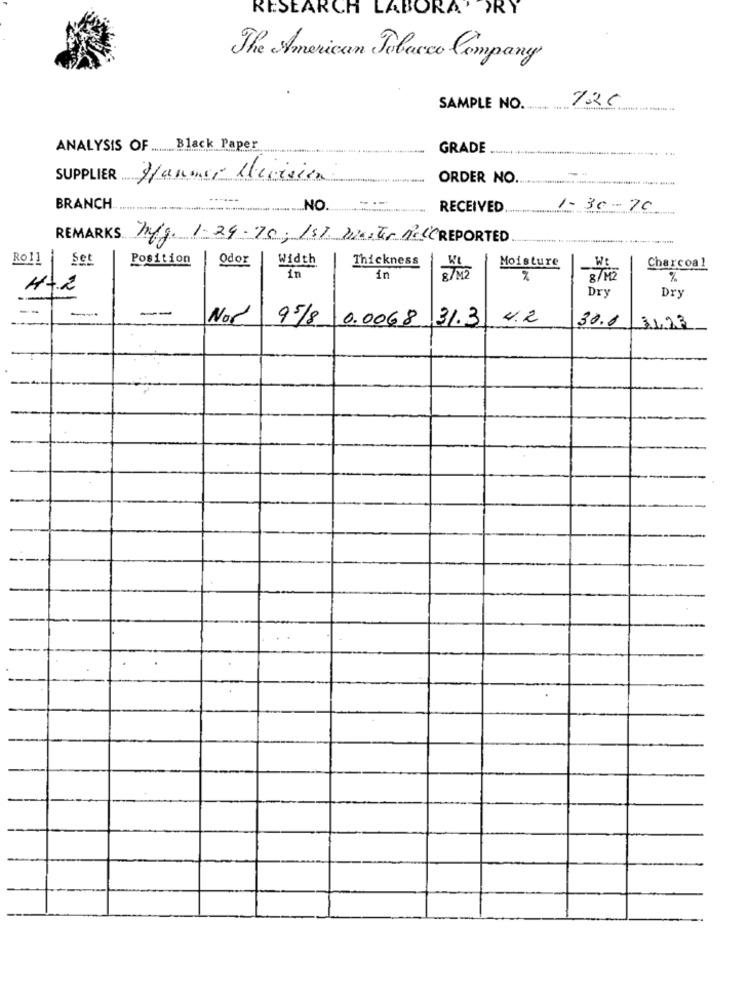
RESEARCH LABORA'
DRY
The American Tobacco Company
126
SAMPLE NO.
ANALYSIS OF ....... Black Paper
GRADE
SUPPLIER
Hanmer
ORDER NO.
-.
BRANCH
NO
RECEIVED.
1-30-70
REMARKS mfg. 1-24-75; 1St. master RecC REPORTED
Roll
Set
Position
Odor
Width
Thickness
Moisture
in
Charcoal
in
8 /M2
8 7 42
%
47.2
Dry
Dry
--
-
Nor
95/8
0.0068
131.3
4.2
30.0
3193